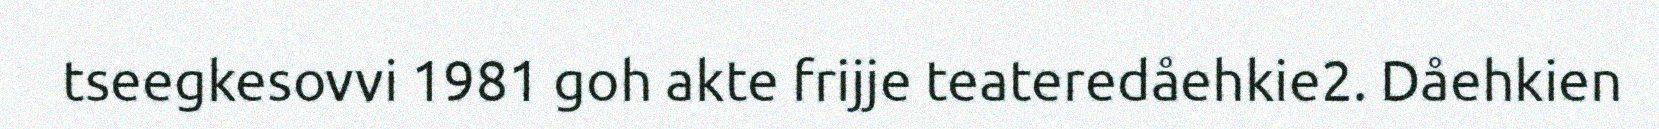
tseegkesovvi 1981 goh akte frijje teateredåehkie2. Dåehkien